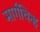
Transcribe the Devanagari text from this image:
मार्गचिन्ह